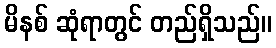
မိနစ် ဆုံရာတွင် တည်ရှိသည်။